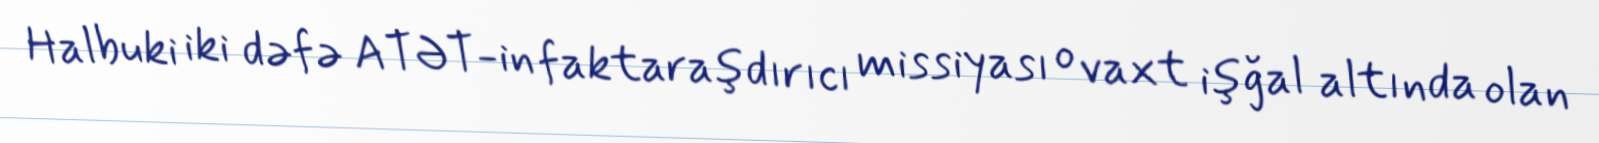
Halbuki iki dəfə ATƏT-in faktaraşdırıcı missiyası o vaxt işğal altında olan